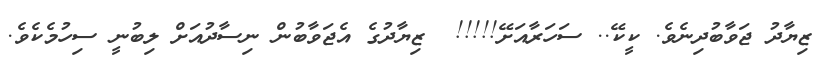
ޒިޔާދު ޖަވާބުދިނެވެ. ކީކޭ.. ސަހަރާއަށޭ!!!!!  ޒިޔާދުގެ އެޖަވާބުން ނިސާދުއަށް ލިބުނީ ސިހުމެކެވެ.